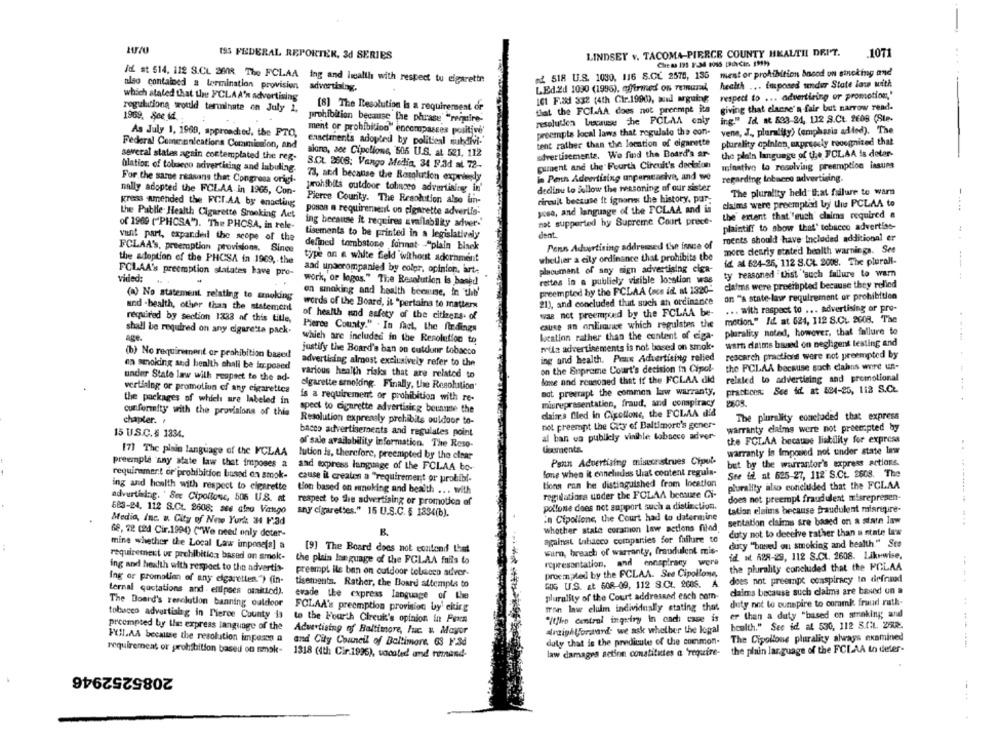
LINDSEY v. TACOMA-PIERCE COUNTY HEALTH! DRI'T.
.1071
195 FEDERAL REPORTER, 3d SERIES
Chiesa 195 1.34 9065 DICin, 1999)
ed. 518 U.S. 1030. 116 S.CL 2578, 136 ment or prohibition bneed on sinoking and
Id st 514. 112 S.CL 260R The FCLAA ing and Health with respect tu cigarette
also contained a termination provision
advertising.
LEd.Zd 1030 (1996), affirmed on reinural
health ... imposed under State las with
which stated that the FCLAA'n advertising
respect to ... advertising or promotion"
ICI F.&d 332 (4th Ctr.1990), sud arguing
regulations would terminate on July 1,
[8] The Resolution Is a requirement or
that the FCLAA does not preempt ita
giving that elanne's fair but narrow read-
1969, See id
ing." Id, at 823-24, 112 S.Ct. 2608 (Ste-
prohibition because the phrase "reignire-
resolution because The PCLAA caly
As July 1, 1969, approached, the FTO,
ment or prohibition" encompasses positive'
preempts local laws that regulate the con-
vene, J ., plurality) (emphasis added). The
emnetments adopted by politienl subdivi-'
plurality opinion expressly recognized that
Federal Communications Commision, and
tent rather than the location of cigarette
several states again contemplated the reg-
siano, see Cipollone, 505 U.S. at 521. 112
advertisements. We find the Board's ar-
the plain language of the FOLAA is detar-
puent and the Fourth Circuit's decision
blation of tobacco advertising and labiling.
S.CL 3608: Vango Media, 34 F.ad al 72-
minativo to resolving preemption issues
73, and because the Resolution expnieely
in Penn Advertising unpercaciva, and we
regarding lobaero advertising.
For the same rsasans that Congresa origi-
nally adopted the FCLAA. in 1965, Con-
prohibits outdoor tobacco advertising in'
declinu lo follow the reasoning of our sister
The plurality held that failure to warn
Pierce County. The Resolution also lin-
circuit because it ignons the history, pur-
gress amended the FCI.AA by enacting
claims were preemptid by Uus PCLAA to
-....
the Pablle Health Cigarette Smoking Act
posoa a requirement on cigarette advertis-
yosa, and language of the FCLAA and is
the extent that" euch claims required a
ing because it requires availability adver.'
not supported hy Supreme Court prece-
of 1969 ("PHOSA"). The PHCSA, in rele-
plaintiff to show that' tobacco advertise-
vant part, expanded the scope of the
tisements to be printed in a legislatively
dent.
Penn Advertising addressed the innse of ments should have Included additional er
...
FCLAA's, preemption provisions. Since
defined tombstone format- - "plain bisek
more desrly stated health warninga. See
the adoption of the PHCSA in 1969, the
type on a white feld without adornment
whether a cily ordinance that prohibits the
id al 624-26, 112 S.CL. 2018. The plurali-
FCLAA's preemption statates have pro-
aad unaerompanied by color, opinion, art-
placumant of say sign advertising clon-
ty reasoned "thist 'such failure to warn
----
vided:
work, or logos." Tice Resolution is based
rettes in a publicly visible location was
preempled by the FCLAA (acs id. at 1320-
claims were preeinpted because they relied
(a) No statement relating to smoking
en smoking and health because, in theb'
on "a state-laur requirement or prohibition
words of the Board, it "pertaina to mattern
21), and concluded that such an ordinance
and - health, other than the statement
was not preemped by the FCLAA be-
... with respect to ... advertising or pro-
required by section 1333 af this title,
of health and safety of the citizens. of
motion." Id. at 024, 112 S.C .. 2008. The
cause an online which regulates the
shall be required on any cigaretta pack.
Pierce County." . In fact, the findings
plurality noted, however, that fallure to
age
which are included in the Resolution to
location rather than the content of eiga-
mila advertisements is not based on smok-
warn datis based on negligent testing and
(b) No requirement or prohibition based
justify the Board's ban on cutdunr tobacco
rescarch practions were not preempted by
advertising almost exclusively refer to the
ing and health. Peux Advertising relied
en smoking and health shall be in posed
on the Supreme Court's decision In Cipol-
the FCLAA because such clains were un-
under State law with respect to the ad-
various health risks that are related to
related to advertising and promotional
cigarette smoking. Finally, the Resolution'
lone and reasoned that if the FCLAA did
vertising or promotion of any cigarettes
not preerapt the common law warranty,
practicen: See id. at 524-25, 112 S.C.
the packages of which are labeled in
is a requirement or prohibition with re-
spect to cigarette advertising because the
misrepresentation, fraud, and conspiracy
2805
conformity with the provisions of this
claims Bled in Cipollone, the FCLAA did
The plurality concluded that express
chapter. .
Resolution expressly prohibits outdoor to-
not preempt the City of Baltimore's gener-
warranty claims were not preempted by
15 U.S.C.§ 1334.
bacco advertisements and regulates point
al ban ca publicly visible tobacco adver-
of sale availability information. The Reso-
the FCLAA because liability for express
[7] The plain language of the PCLAA
Gasments.
warranty is imposed not under state law
..
lution Is, therefore, preempted by the clear
Pann Advertising misconstrues Cipul-
preempla 'nny state law that imposes a
aad topress language of the FCLAA bo-
but by the warrantor's express actions.
requirement or prohibition bussed on smok-
fome when it enneludas that content reguin-
See if at 625-27, 112 S.Ct. 2608. The
cause it creates a "requirement or prohibi-
tions can be distinguished from location
ing and hoalth with respect to cigarette
tion based on seeking and health ... with
plurality also concluded that the FCLAA
advertising. ' See Cipollone, 506 U.S. at
regulations under the FOLAA betsure Ci-
does not preempt fraudulent misrepresen-
respect to the advertising or promotion of
pollone does not support such a distinction.
683-24, 112 S.CL 2608: ace afno Vango
any cigarettes." 15 U.S.C. § 1334(b).
tation elais because fraudulent misriure-
in Cipollone, the Court had to datermine
sentation claims are based on a state law
Media, Inc. v. City of Note Yurk 34 F.3d
68, 72 c2d Cir.1994) ("We need only deter-
whether state coramon law actions filed.
duty not to deceive rather than a state law
against tabacco companies for failure to
mine whether the Local Law impose[s] a
[9] The Board does not contond that
duty "based on smoking and health" Ste
requirement ur prohibition based on smek-
warn, breach of warranty, fraudulent mis-
id. M. 628-29, 112 S.CL. 2608. Likewise,
the plain language of the FCLAA fails to
representation, and
ennapiracy were
ing and health with respect to the advertis-
preempt ils ban on outdoor tobacco adver-
the plurality concluded that the PCLAA
procmmpled by the FCLAA. See Cipollone,
dees not preempt conspiracy to defraud
ing or promotion of any cigarettes.") (in-
tisements. Rather, the Board attempts to
5OG US. Et 508-09, 112 8.CL. 2006. A
ternal quotations and . ellipses ounitted).
daims because such claims are based on a
evade the express language of the
plurality of the Court addressed each com-
duty not to eunspire to coramk fraud ruth-
The Board's resolution banning outdoor
FOLAA's preemption provision by' cking
Tron law elulm individually stating that
tobuceo advertising in Pierce County 13
er than a duty "based on smoking and
to the Fourth Cireuk's opinion in Fern
"It/is central inquiry In cach case is
preempted by the express language of the
Advertising of Baltimore, Fuc. v. Mayor
draighVoraund we ask whether the legal
health." See id al 530, 112 S.C.L. 278.
FYLAA because the resolution impeso a
The Cipollone plurality always examined
and City Council of Baltimore 63 F.3d
duly that is the predicute of the common-
requirement or prohibition based on smoke-
1318 (4th Cir.1996), vacated and remand-
law damages action constitutes a 'require-
the plain lar.guage of the FCLAA to deler-
2085252946